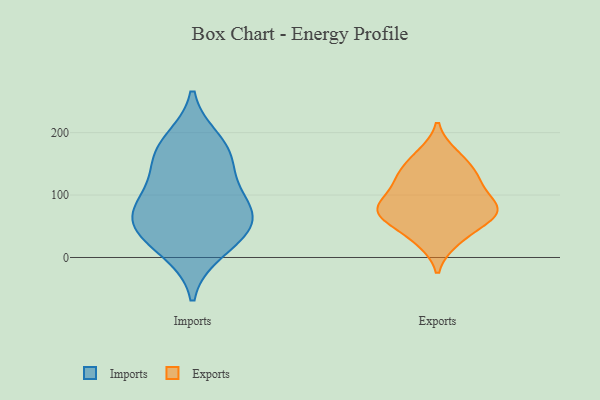
{"axis": {"x": "Gross Profit (USD K)", "y": "Value"}, "legend": ["Exports", "Imports"], "data": [{"x": "", "y": 113, "type": "Imports"}, {"x": "", "y": 33, "type": "Imports"}, {"x": "", "y": 11, "type": "Imports"}, {"x": "", "y": 66, "type": "Imports"}, {"x": "", "y": 158, "type": "Imports"}, {"x": "", "y": 186, "type": "Imports"}, {"x": "", "y": 165, "type": "Imports"}, {"x": "", "y": 49, "type": "Imports"}, {"x": "", "y": 71, "type": "Imports"}, {"x": "", "y": 82, "type": "Imports"}, {"x": "", "y": 75, "type": "Exports"}, {"x": "", "y": 165, "type": "Exports"}, {"x": "", "y": 50, "type": "Exports"}, {"x": "", "y": 114, "type": "Exports"}, {"x": "", "y": 74, "type": "Exports"}, {"x": "", "y": 76, "type": "Exports"}, {"x": "", "y": 26, "type": "Exports"}, {"x": "", "y": 125, "type": "Exports"}, {"x": "", "y": 141, "type": "Exports"}, {"x": "", "y": 82, "type": "Exports"}]}